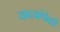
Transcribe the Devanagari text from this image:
यादवांपैकी